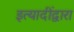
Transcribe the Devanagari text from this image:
इत्यादींद्वारा